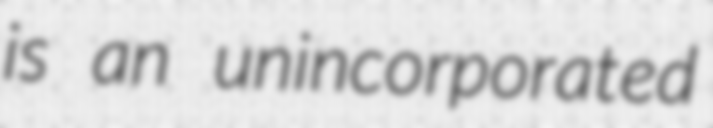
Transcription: is an unincorporated